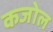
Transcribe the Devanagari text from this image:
कजोल